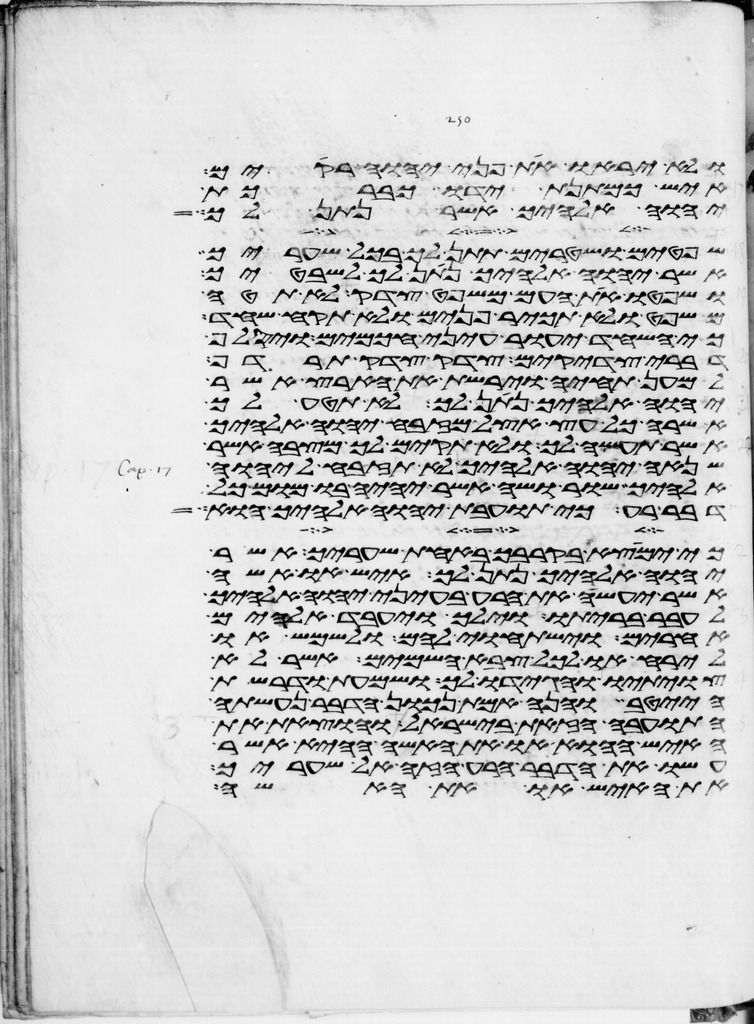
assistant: ולא יראו את פני יהוה רקים
איש כמתנת ידו כברכת
יהוה אלהיך אשר נתן לך
שפטים ושטרים תתן לך בכל שעריך
אשר יהוה אלהיך נתן לך לשבטיך
ושפטו את העם משפט צדק לא תטה
משפט ולא תכיר פנים ולא תקח שחד
כי השחד יעור עיני חכמים ויסלף
דברי צדקים צדק צדק תרדף
למען תחיה וירשת את הארץ אשר
יהוה אלהיך נתן לך לא תטע לך
אשרה כל עץ אצל מזבח יהוה אלהיך
אשר תעשה לך ולא תקים לך מצבה אשר
שנאה יהוה אלהיך לא תזבח ליהוה
אלהיך שור ושה אשר יהיה בו מום כל
דבר רע כי תועבת יהוה אלהיך הוא
כי ימצא בקרבך באחת שעריך אשר
יהוה אלהיך נתן לך איש או אשה
אשר יעשה את הרע בעיני יהוה אלהיך
לעבר בריתו וילך ויעבד אלהים
אחרים וישתחוי להם ולשמש או
לירח או לכל צבא השמים אשר לא
צויתיו והגידו לך ושמעת ודרשת
הייטב והנה אמת נכון הדבר נעשתה
התועבה הזאת בישראל והוצאת את
האיש ההוא או את האשה ההיא אשר
עשו את הדבר הרע הזה אל שעריך
את האיש או את האשה